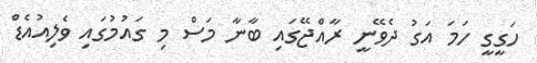
ހަގީގީ ހަމަ އަގު ދެވޭނީ ރާއްޖޭގައި ބާނާ މަސް މި ގައުމުގައި ވެލިއުއެޑް